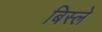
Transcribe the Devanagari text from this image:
बिस्ले